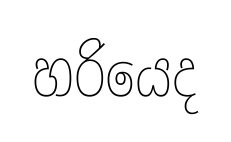
හරියෙද